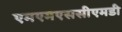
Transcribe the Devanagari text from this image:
एमएमएससीएमडी